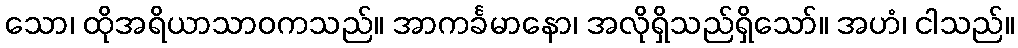
သော၊ ထိုအရိယာသာဝကသည်။ အာကင်္ခမာနော၊ အလိုရှိသည်ရှိသော်။ အဟံ၊ ငါသည်။